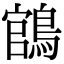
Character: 𬷡